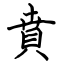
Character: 賁